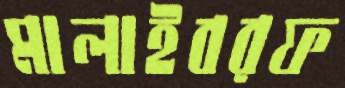
মালাইবরফ